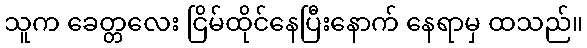
သူက ခေတ္တလေး ငြိမ်ထိုင်နေပြီးနောက် နေရာမှ ထသည်။